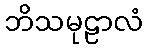
ဘိသမုဠာလံ